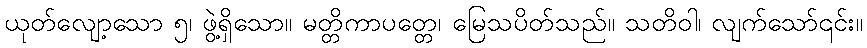
ယုတ်လျော့သော ၅၊ ဖွဲ့ရှိသော။ မတ္တိကာပတ္တေ၊ မြေသပိတ်သည်။ သတိဝါ၊ လျက်သော်၎င်း။